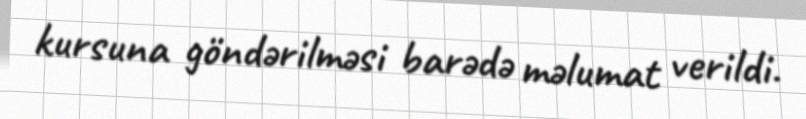
kursuna göndərilməsi barədə məlumat verildi.